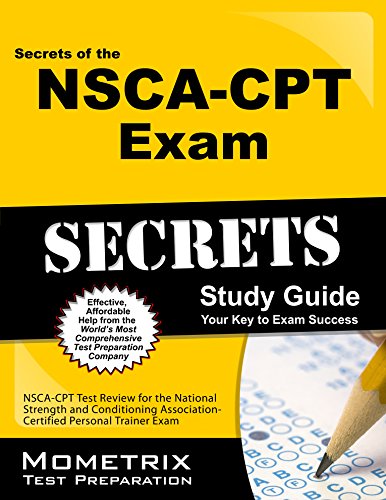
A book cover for Secrets of the NSCA-CPT Exam Study Guide: NSCA-CPT Test Review for the National Strength and Conditioning Association - Certified Personal Trainer Exam (Mometrix Secrets Study Guides); NSCA-CPT Exam Secrets Test Prep Team; Test Preparation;